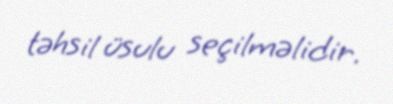
təhsil üsulu seçilməlidir.